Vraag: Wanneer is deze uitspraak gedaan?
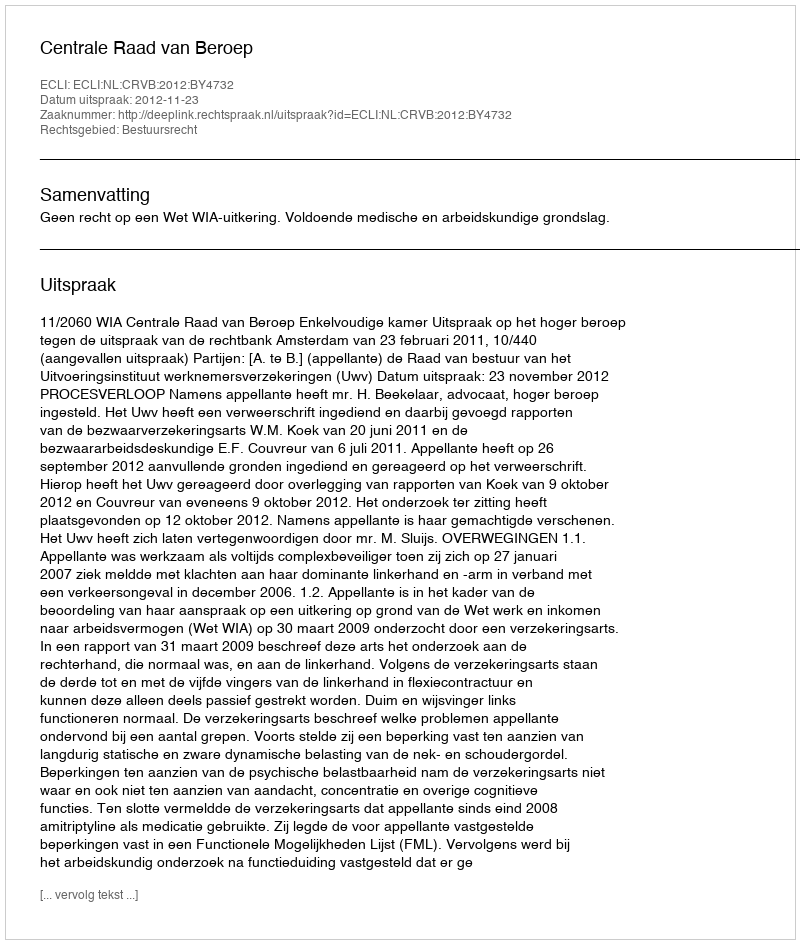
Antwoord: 2012-11-23